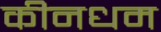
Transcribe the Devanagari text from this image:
कीनधम